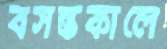
বসন্তকালে